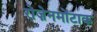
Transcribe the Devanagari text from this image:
रोज़ेनमोंटाक